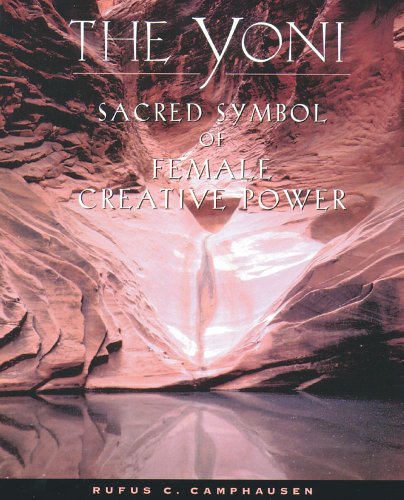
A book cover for The Yoni: Sacred Symbol of Female Creative Power; Rufus C. Camphausen; Literature & Fiction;